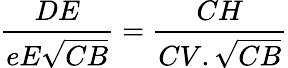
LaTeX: {\frac{DE}{eE{\sqrt{CB}}}}={\frac{CH}{CV.{\sqrt{CB}}}}